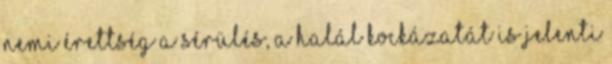
nemi érettség a sérülés, a halál kockázatát is jelenti